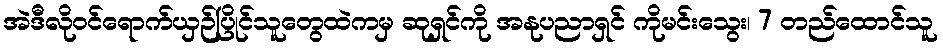
အဲဒီလိုဝင်ရောက်ယှဉ်ပြိုင်သူတွေထဲကမှ ဆုရှင်ကို အနုပညာရှင် ကိုမင်းသွေး၊ 7 တည်ထောင်သူ